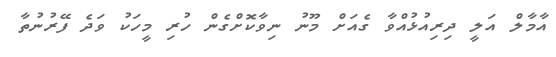
އާމާލް އަލީ ދިރިއުޅުއްވާ ގެއަށް މޫނު ނިވާކޮށްގެން ހުރި މީހަކު ވަދެ ފޭރުނުތާ